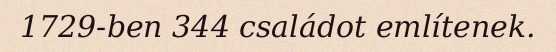
1729-ben 344 családot említenek.